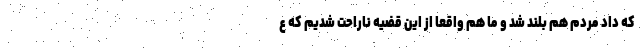
که داد مردم هم بلند شد و ما هم واقعا از این قضیه ناراحت شدیم که ع